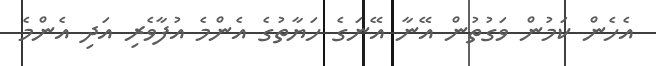
އެހެން ކަމުން ވަގުތުން އޭނާ އޭނަގެ ހަޔާތުގެ އެންމެ އުފާވެރި އަދި އެންމެ